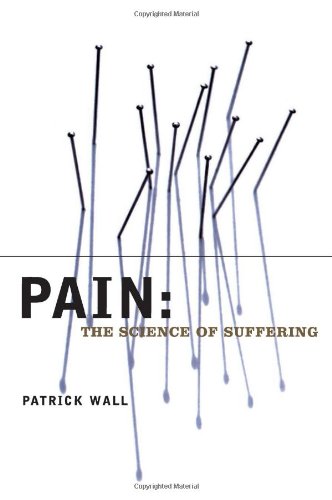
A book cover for Pain: The Science of Suffering (Maps of the Mind); Patrick Wall; Medical Books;